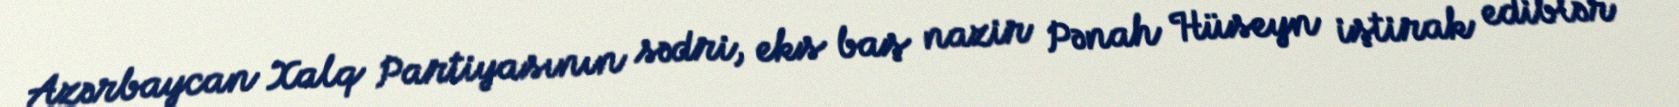
Azərbaycan Xalq Partiyasının sədri, eks baş nazir Pənah Hüseyn iştirak ediblər